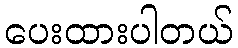
ပေးထားပါတယ်